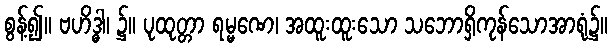
စွန့်၍။ ဗဟိဒ္ဓါ၊ ၌။ ပုထုတ္တာ ရမ္မဏေ၊ အထူးထူးသော သဘောရှိကုန်သောအာရုံ၌။